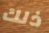
ذلك